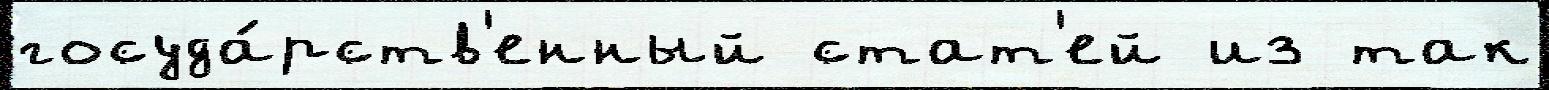
госуда́рств'енный стат'ей из так